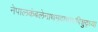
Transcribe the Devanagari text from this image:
नेपालकंबलेनाथमृदाचाथविशुद्ध्या